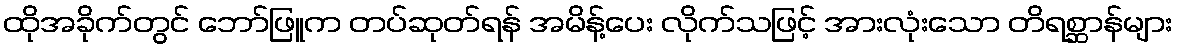
ထိုအခိုက်တွင် ဘော်ဖြူက တပ်ဆုတ်ရန် အမိန့်ပေး လိုက်သဖြင့် အားလုံးသော တိရစ္ဆာန်များ